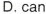
D.can